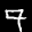
Label: 7